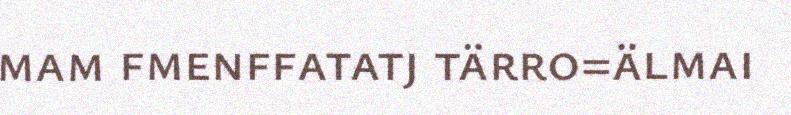
mam fmenffatatj tärro=älmai